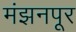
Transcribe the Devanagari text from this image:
मंझनपूर